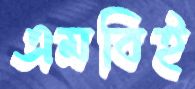
এমবিই